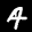
Label: 4